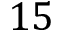
1 5